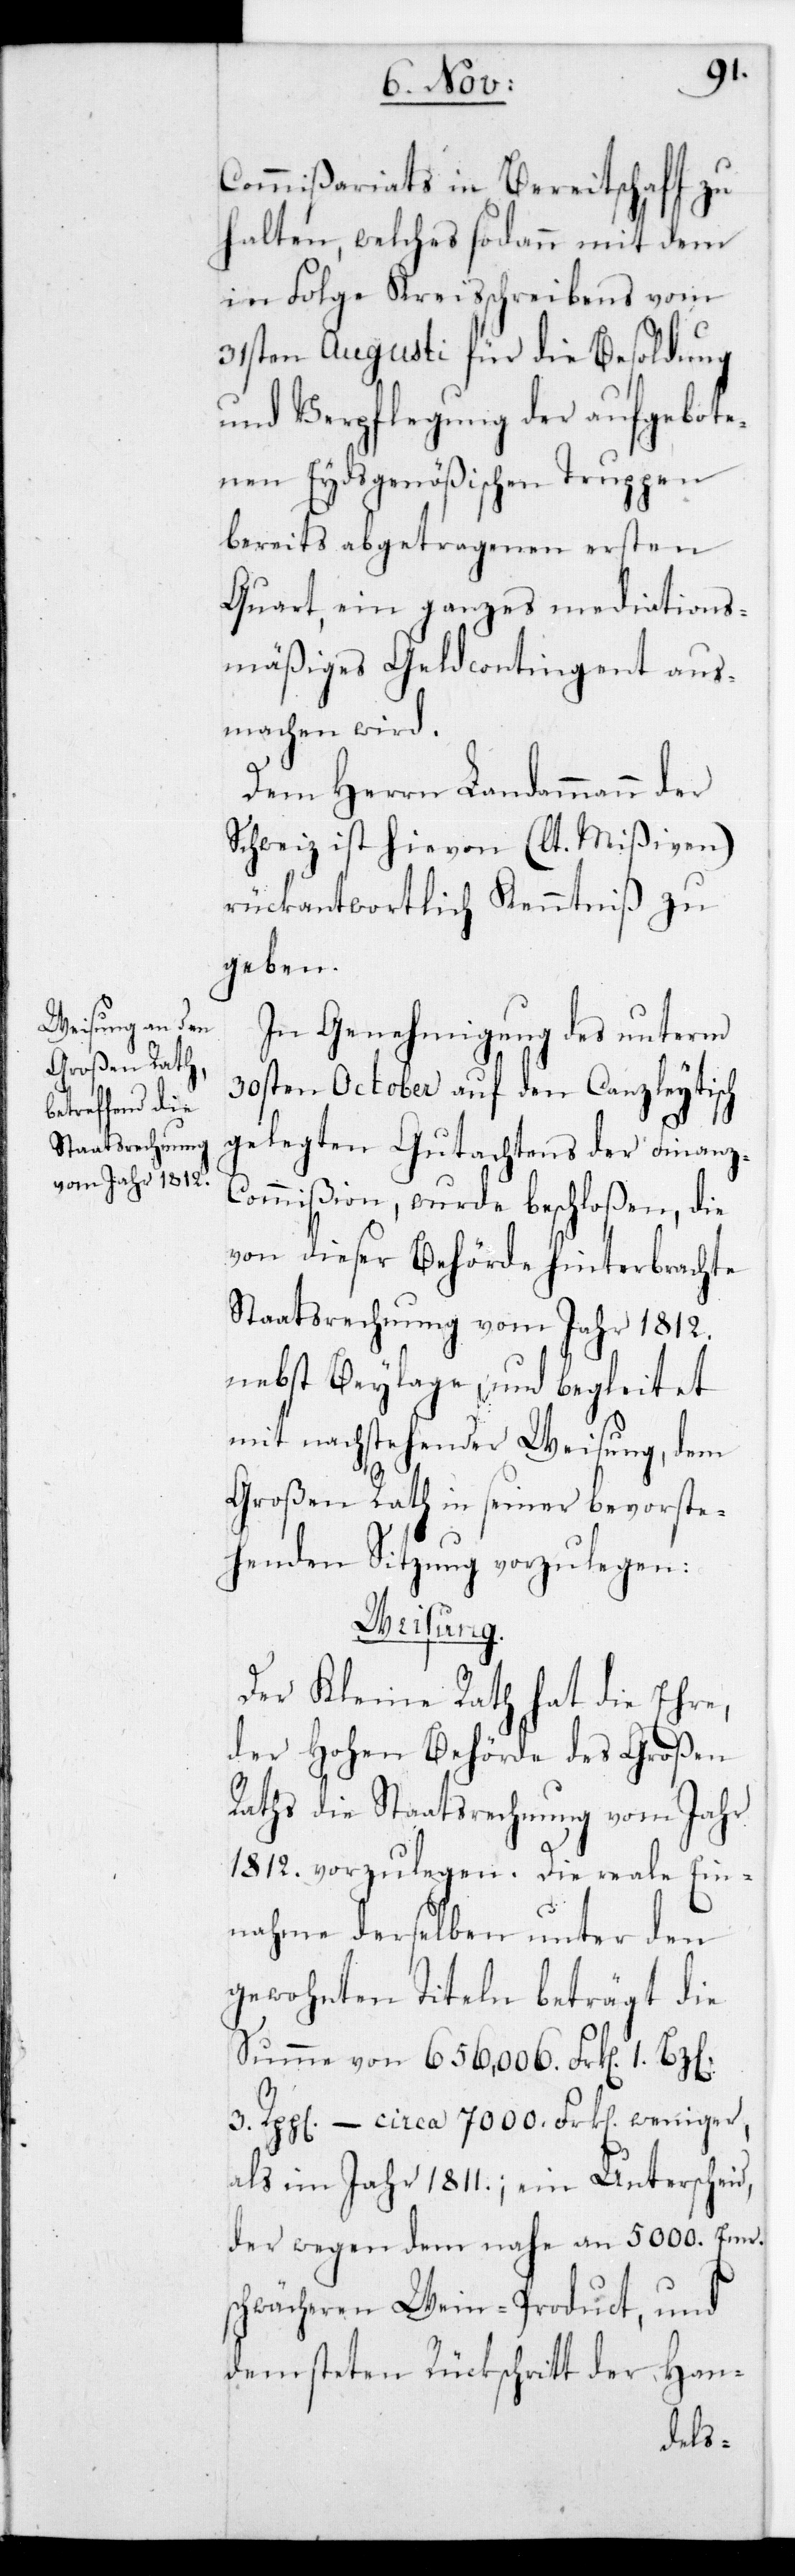
Commißariats in Bereitschaft zu
halten, welches sodann mit dem
in Folge Kreisschreibens vom
31sten Augusti für die Besoldung
und Verpflegung der aufgebote¬
nen Eydsgenößischen Truppen
bereits abgetragenen ersten
Quart, ein ganzes mediations¬
mäßiges Geldcontingent aus¬
machen wird.
Dem Herrn Landammann der
Schweiz ist hievon (lt. Mißiven)
rückantwortlich Kenntniß zu
geben.
In Genehmigung des unterm
30sten October auf den Canzleytisch
gelegten Gutachtens der Finanz-C¬
ommißion wurde beschloßen, die
von dieser Behörde hinterbrachte
Staatsrechnung vom Jahr 1812.
nebst Beylage, und begleitet
mit nachstehender Weisung, dem
Großen Rath in seiner bevorste¬
henden Sitzung vorzulegen:
Weisung.
Der Kleine Rath hat die Ehre,
der Hohen Behörde des Großen
Raths die Staatsrechnung vom Jahr
1812. vorzulegen. Die reale Ein¬
nahme derselben unter den
gewohnten Titeln beträgt die
Summe von 656,006. Frk[en]. 1.
3. Rpp[en]. – circa 7000. Frk[en]. weniger,
als im Jahr 1811.; ein Unterscheid,
der wegen dem nahe an 5000. Emr.
schwächeren Wein-Product, und
dem steten Rückschritt der Han-